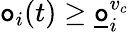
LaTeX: \mathtt{o}_{i}(t)\geq\underline{{\mathtt{o}}}_{i}^{v_{c}}